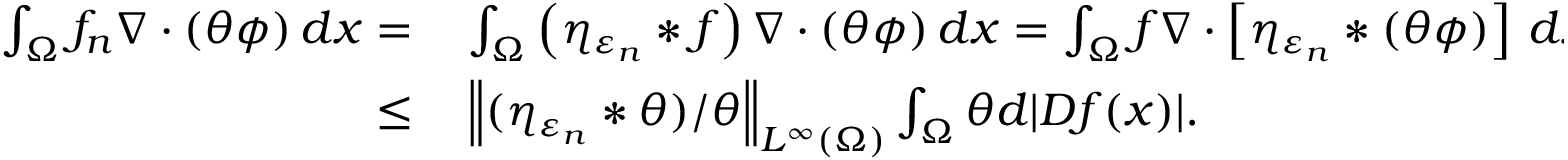
\begin{array} { r l } { \int _ { \Omega } f _ { n } \nabla \cdot ( \theta \phi ) \, d x = } & { { } \int _ { \Omega } \left( \eta _ { \varepsilon _ { n } } \ast f \right) \nabla \cdot ( \theta \phi ) \, d x = \int _ { \Omega } f \nabla \cdot \left[ \eta _ { \varepsilon _ { n } } \ast ( \theta \phi ) \right] \, d x = \int _ { \Omega } f \nabla \cdot \left[ \theta \left( \frac { \eta _ { \varepsilon _ { n } } \ast ( \theta \phi ) } { \theta } \right) \right] \, d x } \\ { \leq } & { { } \left\| ( \eta _ { \varepsilon _ { n } } \ast \theta ) / \theta \right\| _ { L ^ { \infty } ( \Omega ) } \int _ { \Omega } \theta d | D f ( x ) | . } \end{array}